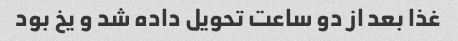
غذا بعد از دو ساعت تحویل داده شد و یخ بود